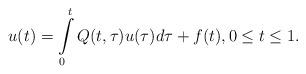
LaTeX: \begin{align*}u(t)=\int\limits_{0}^{t}Q(t,\tau )u(\tau )d\tau +f(t),0\leq t\leq 1.\end{align*}